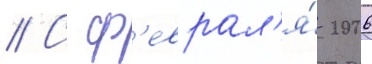
// С ф'еврал'я́ 2006